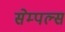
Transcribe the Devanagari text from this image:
सेम्पल्स